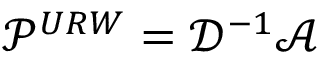
\mathcal { P } ^ { U R W } = \mathcal { D } ^ { - 1 } \mathcal { A }